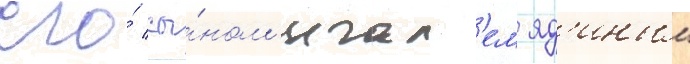
его́ сы́ном игал'ем яд'иным